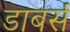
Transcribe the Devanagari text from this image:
डाबर्स